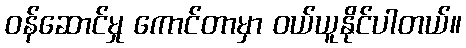
ဝန်ဆောင်မှု ကောင်တာမှာ ဝယ်ယူနိုင်ပါတယ်။